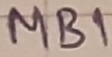
Text: MB1